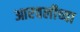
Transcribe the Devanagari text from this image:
आरवलीच्या